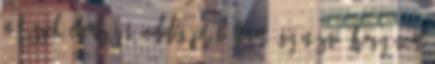
a részek elemzését. Eddig próbáltam úgy nézni, hogy nem